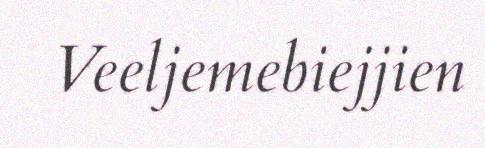
Veeljemebiejjien